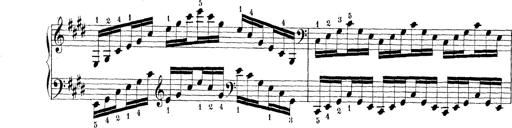
Title: Technische Studien
Composer: Franz Liszt